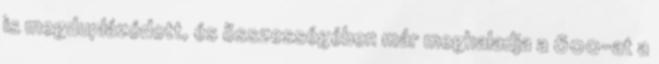
is megduplázódott, és összességében már meghaladja a 600-at a